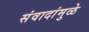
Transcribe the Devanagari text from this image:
संवादांमुळे